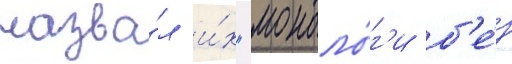
назва́л и́х "моноло́г'и б'е́з